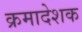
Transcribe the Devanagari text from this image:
क्रमादेशक